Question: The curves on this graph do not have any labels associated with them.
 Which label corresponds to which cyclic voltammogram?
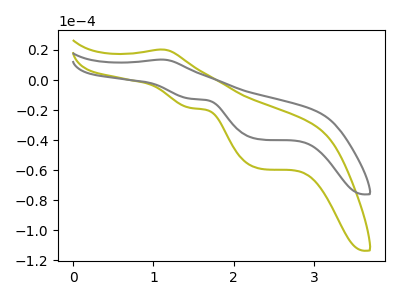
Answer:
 <answer>The olive curve does not have a label. The gray curve does not have a label.</answer>
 <eval></eval>